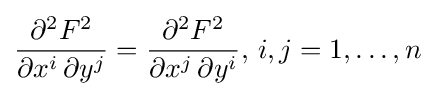
{\frac {\partial ^{2}F^{2}}{\partial x^{i}\,\partial y^{j}}}={\frac {\partial ^{2}F^{2}}{\partial x^{j}\,\partial y^{i}}},\,i,j=1,\ldots ,n